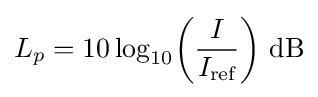
L_{p}=10\log _{10}\!\left({\frac {I}{I_{\text{ref}}}}\right)\,{\text{dB}}